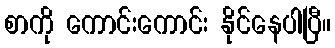
စာကို ကောင်းကောင်း နိုင်နေပါပြီ။